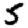
Digit: 5